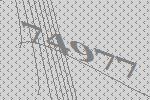
74977